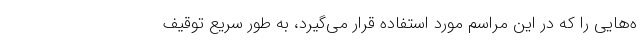
ه‌هایی را که در این مراسم مورد استفاده قرار می‌گیرد، به طور سریع توقیف